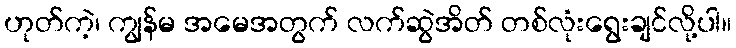
ဟုတ်ကဲ့၊ ကျွန်မ အမေအတွက် လက်ဆွဲအိတ် တစ်လုံးရွေးချင်လို့ပါ။